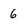
Character: 6